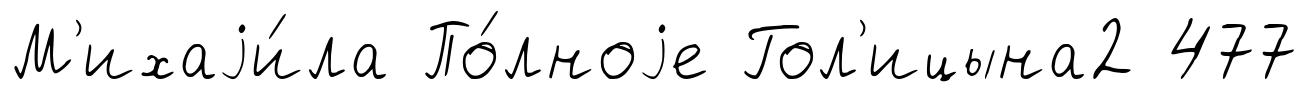
М'ихаjи́ла По́лноjе Гол'ицына2 477